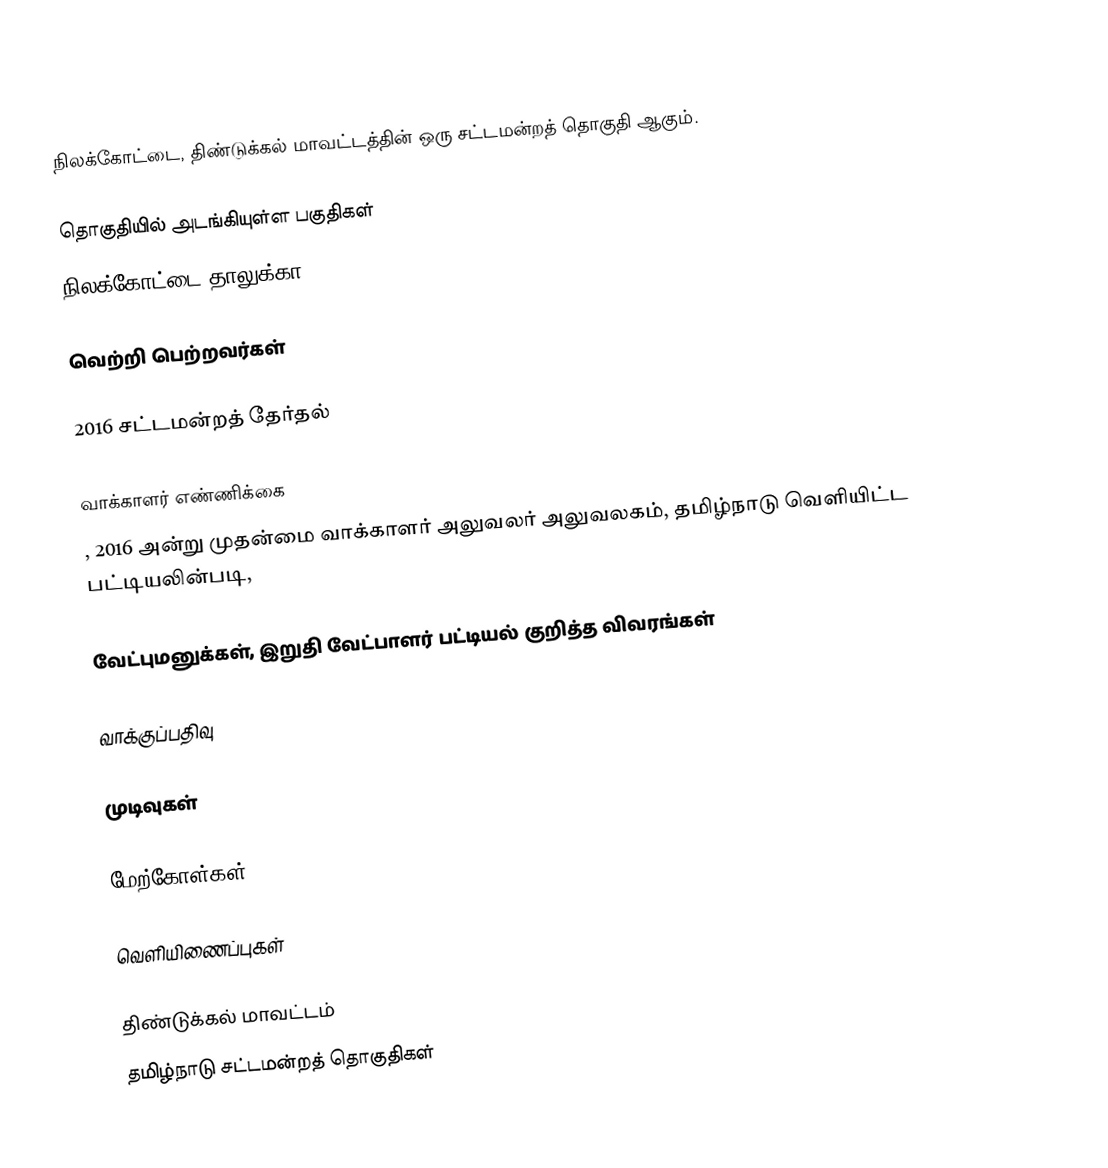
நிலக்கோட்டை, திண்டுக்கல் மாவட்டத்தின் ஒரு சட்டமன்றத் தொகுதி ஆகும்.

தொகுதியில் அடங்கியுள்ள பகுதிகள்
நிலக்கோட்டை தாலுக்கா

வெற்றி பெற்றவர்கள்

2016 சட்டமன்றத் தேர்தல்

வாக்காளர் எண்ணிக்கை
, 2016 அன்று முதன்மை வாக்காளர் அலுவலர் அலுவலகம், தமிழ்நாடு வெளியிட்ட பட்டியலின்படி,

வேட்புமனுக்கள், இறுதி வேட்பாளர் பட்டியல் குறித்த விவரங்கள்

வாக்குப்பதிவு

முடிவுகள்

மேற்கோள்கள்

வெளியிணைப்புகள்

திண்டுக்கல் மாவட்டம்
தமிழ்நாடு சட்டமன்றத் தொகுதிகள்